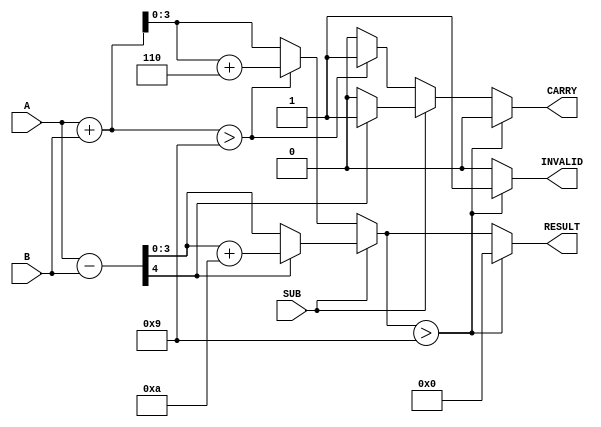
module BCD_Add_Subtracter (
    input wire [3:0] A,       // First BCD digit
    input wire [3:0] B,       // Second BCD digit
    input wire SUB,           // Control signal: 0 for addition, 1 for subtraction
    output reg [3:0] RESULT,  // Resulting BCD digit
    output reg CARRY,         // Carry out for addition or borrow for subtraction
    output reg INVALID        // Indicates an invalid BCD result
);

    wire [4:0] sum;          // For addition (5 bits to hold carry)
    wire [4:0] diff;         // For subtraction (5 bits to hold borrow)

    // Perform binary addition of A and B
    assign sum = A + B;

    // Perform binary subtraction of A - B
    assign diff = A - B;

    always @(*) begin
        // By default set outputs to zero
        CARRY = 0;
        INVALID = 0;
        RESULT = 4'b0000;

        if (SUB == 0) begin
            // Addition logic
            if (sum > 9) begin
                RESULT = sum + 6;   // BCD Correction
                CARRY = 1;          // Set carry
            end else begin
                RESULT = sum[3:0];  // No carry, use lower 4 bits
            end
        end else begin
            // Subtraction logic
            if (diff[4] == 1) begin
                RESULT = diff + 10; // BCD Correction
                CARRY = 1;          // Set borrow
            end else begin
                RESULT = diff[3:0]; // No borrow, use lower 4 bits
            end
        end

        // Determine if output is invalid BCD
        if (RESULT > 9) begin
            INVALID = 1; // Result is outside valid BCD range
            RESULT = 4'b0000; // Reset result if invalid
            CARRY = 0; // Clear carry if invalid
        end
    end
endmodule